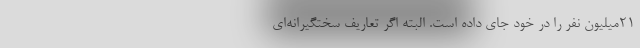
۲۱میلیون نفر را در خود جای ‌داده است. البته اگر تعاریف سختگیرانه‌ای